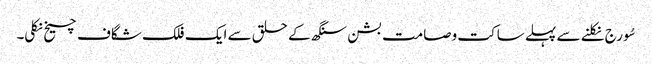
سُورج نکلنے سے پہلے ساکت وصامت بشن سنگھ کے حلق سے ایک فلک شگاف چیخ نکلی۔